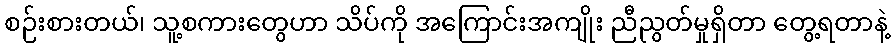
စဉ်းစားတယ်၊ သူ့စကားတွေဟာ သိပ်ကို အကြောင်းအကျိုး ညီညွတ်မှုရှိတာ တွေ့ရတာနဲ့